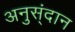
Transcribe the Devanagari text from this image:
अनुस्ंदान